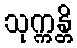
သုက္ကန္တိ